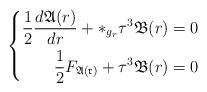
LaTeX: \begin{align*}\left\{\begin{aligned}\frac{1}{2}\frac{d\mathfrak{A}(r)}{dr}+*_{g_r}\tau^3\mathfrak{B}(r)&=0\\\frac{1}{2}F_{\mathfrak{A(r)}}+\tau^3\mathfrak{B}(r)&=0\\\end{aligned}\right.\end{align*}